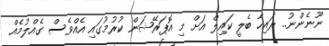
ނޫނެންނު.. ރައިހާ ބެލީ ކައިލް އަށް މި އޮޕަރޭޝަން ކުރުމުގައި އެއްވެސް ގެއްލުމެއް